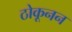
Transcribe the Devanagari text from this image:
ठोकूनन